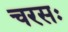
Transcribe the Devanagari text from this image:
चरसः